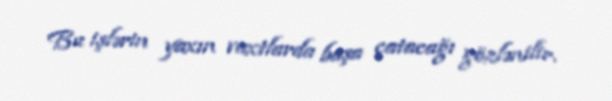
Bu işlərin yaxın vaxtlarda başa çatacağı gözlənilir.